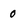
Character: 0